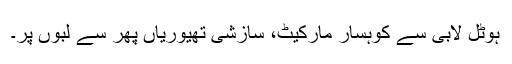
ہوٹل لابی سے کوہسار مارکیٹ، سازشی تھیوریاں پھر سے لبوں پر۔